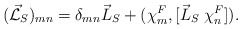
\begin{align*}(\vec{\cal L}_S)_{mn} = {\delta}_{mn} \vec{L}_S+({\chi}^F_m,[{\vec{L}_S} \;{\chi}^F_n]). \end{align*}